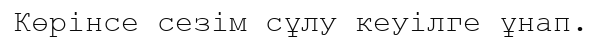
Көрінсе сезім сұлу кеуілге ұнап.